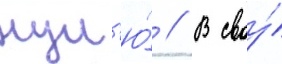
нул'ю́ // В своу́